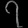
Digit: ၇